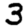
Digit: 3